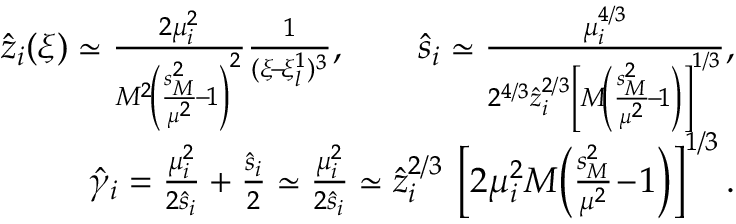
\begin{array} { r } { \hat { z } _ { i } ( \xi ) \simeq \frac { 2 \mu _ { i } ^ { 2 } } { M ^ { 2 } \! \left( \frac { s _ { { \scriptscriptstyle M } } ^ { 2 } } { \mu ^ { 2 } } \! - \! 1 \right) ^ { 2 } } \frac 1 { ( \xi \! - \! \xi _ { l } ^ { 1 } ) ^ { 3 } } , \qquad \hat { s } _ { i } \simeq \frac { \mu _ { i } ^ { 4 / 3 } } { 2 ^ { 4 / 3 } \hat { z } _ { i } ^ { 2 / 3 } \left[ M \! \left( \frac { s _ { { \scriptscriptstyle M } } ^ { 2 } } { \mu ^ { 2 } } \! - \! 1 \right) \right] ^ { 1 / 3 } } , } \\ { \hat { \gamma } _ { i } = \frac { \mu _ { i } ^ { 2 } } { 2 \hat { s } _ { i } } + \frac { \hat { s } _ { i } } 2 \simeq \frac { \mu _ { i } ^ { 2 } } { 2 \hat { s } _ { i } } \simeq \hat { z } _ { i } ^ { 2 / 3 } \: \left[ 2 \mu _ { i } ^ { 2 } M \! \left( \frac { s _ { { \scriptscriptstyle M } } ^ { 2 } } { \mu ^ { 2 } } \! - \! 1 \right) \right] ^ { 1 / 3 } . } \end{array}